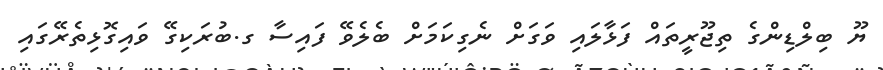
ޔޫ ބިލްޑިންގެ ތިޖޫރީތައް ފަޅާލައި ވަގަށް ނެގިކަމަށް ބެލެވޭ ފައިސާ ގ.ބުރަކިގޭ ވައިގޮޅިތެރޭގައި